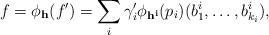
LaTeX: \begin{align*}f=\phi_{\bf h}(f^{\prime})=\sum_i{\gamma}^{\prime}_i\phi_{\bf h^i}(p_i)(b_1^i,\dots,b_{k_i}^i),\end{align*}